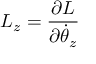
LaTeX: L _ { z } = { \frac { \partial { \cal { L } } } { \partial { \dot { \theta } } _ { z } } }